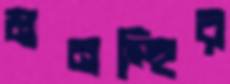
মনস্হির